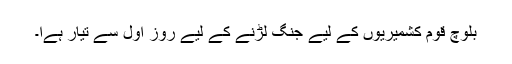
بلوچ قوم کشمیریوں کے لیے جنگ لڑنے کے لیے روزِ اول سے تیار ہےا۔